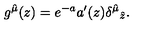
g ^ { \hat { \mu } } ( z ) = e ^ { - a } a ^ { \prime } ( z ) { \delta ^ { \hat { \mu } } } _ { \hat { z } } .